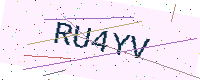
Text: RU4YV